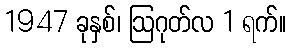
1947 ခုနှစ်၊ ဩဂုတ်လ 1 ရက်။